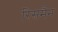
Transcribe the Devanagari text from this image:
रिसमैन